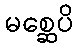
မစ္ဆေပိ